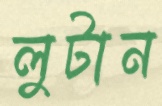
লুটান